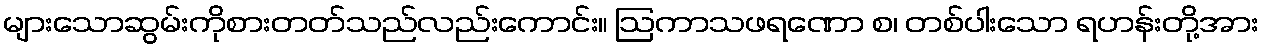
များသောဆွမ်းကိုစားတတ်သည်လည်းကောင်း။ ဩကာသဖရဏော စ၊ တစ်ပါးသော ရဟန်းတို့အား